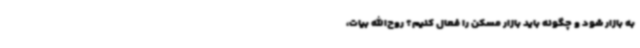
به بازار شود و چگونه باید بازار مسکن را فعال کنیم؟ روح‌الله بیات،